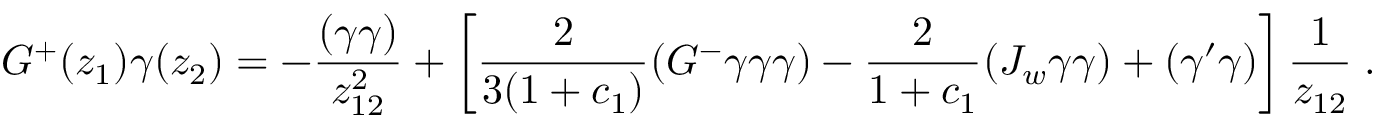
G ^ { + } ( z _ { 1 } ) \gamma ( z _ { 2 } ) = - \frac { ( \gamma \gamma ) } { z _ { 1 2 } ^ { 2 } } + \left[ \frac { 2 } { 3 ( 1 + c _ { 1 } ) } ( G ^ { - } \gamma \gamma \gamma ) - \frac { 2 } { 1 + c _ { 1 } } ( J _ { w } \gamma \gamma ) + ( \gamma ^ { \prime } \gamma ) \right] \frac { 1 } { z _ { 1 2 } } \; .